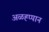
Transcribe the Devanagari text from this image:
अळह्प्पान